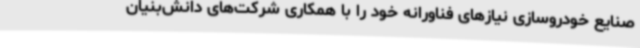
صنایع خودروسازی نیازهای فناورانه خود را با همکاری شرکت‌های دانش‌بنیان